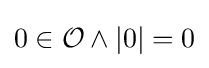
0\in {\mathcal {O}}\land |0|=0